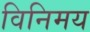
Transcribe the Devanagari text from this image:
विनिमय